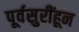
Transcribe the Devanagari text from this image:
पूर्वसुरींहून